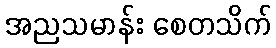
အညသမာန်း စေတသိက်